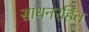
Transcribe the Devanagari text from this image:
साधनरहित